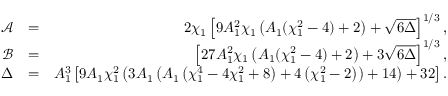
\begin{array} { r l r } { \mathcal { A } } & { = } & { 2 \chi _ { 1 } \left[ 9 A _ { 1 } ^ { 2 } \chi _ { 1 } \left( A _ { 1 } ( \chi _ { 1 } ^ { 2 } - 4 ) + 2 \right) + \sqrt { 6 \Delta } \right] ^ { 1 / 3 } , } \\ { \mathcal { B } } & { = } & { \left[ 2 7 A _ { 1 } ^ { 2 } \chi _ { 1 } \left( A _ { 1 } ( \chi _ { 1 } ^ { 2 } - 4 ) + 2 \right) + 3 \sqrt { 6 \Delta } \right] ^ { 1 / 3 } , } \\ { \Delta } & { = } & { A _ { 1 } ^ { 3 } \left[ 9 A _ { 1 } \chi _ { 1 } ^ { 2 } \left( 3 A _ { 1 } \left( A _ { 1 } \left( \chi _ { 1 } ^ { 4 } - 4 \chi _ { 1 } ^ { 2 } + 8 \right) + 4 \left( \chi _ { 1 } ^ { 2 } - 2 \right) \right) + 1 4 \right) + 3 2 \right] . } \end{array}